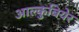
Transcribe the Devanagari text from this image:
आल्कुबियेर